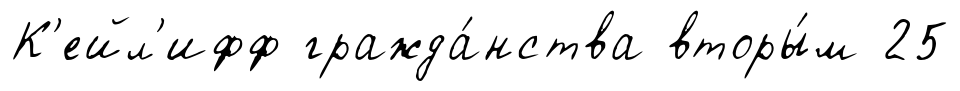
К'ейл'ифф гражда́нства вторы́м 25